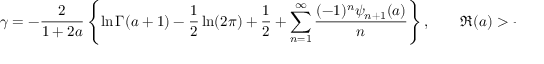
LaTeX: \gamma = - { \frac { 2 } { 1 + 2 a } } \left\{ \ln \Gamma ( a + 1 ) - { \frac { 1 } { 2 } } \ln ( 2 \pi ) + { \frac { 1 } { 2 } } + \sum _ { n = 1 } ^ { \infty } { \frac { ( - 1 ) ^ { n } \psi _ { n + 1 } ( a ) } { n } } \right\} , \qquad \Re ( a ) > - 1